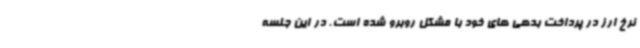
نرخ ارز در پرداخت بدهی های خود با مشکل روبرو شده است. در این جلسه